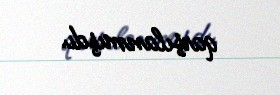
qarşılanmışdı.